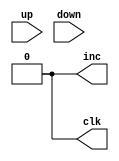
module signal_generator(input wire up,
                        input wire down,
                        output reg inc = 0,
                        output reg clk = 0);

    // on falling edge of button up, inc = 1, clk -> 1 -> 0
    // on falling edge of button down, inc = 0, clk -> 1 -> 0
    always @(negedge up) begin
        inc = 1;
        clk = 1;
        #1
        clk = 0;
        inc = 0;
    end
    always@(negedge down) begin
        inc = 0;
        clk = 1;
        #1
        clk = 0;
        inc = 0;
    end
endmodule